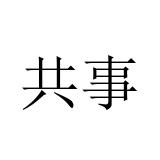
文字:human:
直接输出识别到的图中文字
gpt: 共事